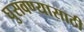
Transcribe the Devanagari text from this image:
घुसवण्यासाठी